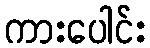
ကားပေါင်း